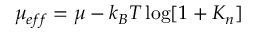
\mu _ { e f f } = \mu - k _ { B } T \log [ 1 + K _ { n } ]